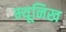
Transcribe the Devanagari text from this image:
म्‍यूनिख